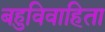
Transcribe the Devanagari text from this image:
बहुविवाहिता